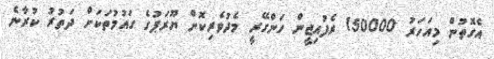
އެގޮތުން މިއަހަރު 150000 ރެފުއިޖީން ހަންގޭރީ މެދުވެރިކޮށް ޔޫރަޕުގެ ގައުމުތަކަށް ދަތުރު ކުރާނެ